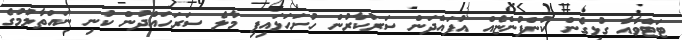
ޓަޓްވާއާ ގުޅިގެން ކުންފުންޏެއް އުފައްދަން ސަރުކާރުން ހުށަހަޅައިފި މާލެ ސަރަހައްދުން ކުނި ނައްތާލުމުގެ